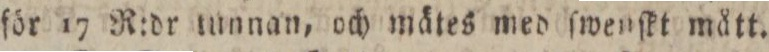
för 17 R:dr tunnan, och mätes med ſwenſkt mått.